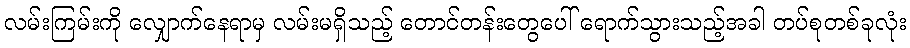
လမ်းကြမ်းကို လျှောက်နေရာမှ လမ်းမရှိသည့် တောင်တန်းတွေပေါ် ရောက်သွားသည့်အခါ တပ်စုတစ်ခုလုံး